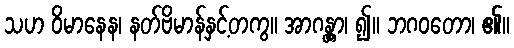
သဟ ဝိမာနေန၊ နတ်ဗိမာန်နှင့်တကွ။ အာဂန္တွာ၊ ၍။ ဘဂဝတော၊ ၏။